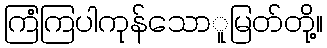
ကြံကြပါကုန်သောူမြတ်တို့။